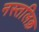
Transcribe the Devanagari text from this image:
नस्तलिक़